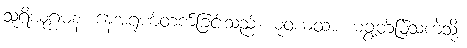
သူရိယုဂ္ဂမနံ၊ နေအရုဏ်တက်ခြင်းသည်။ ဓုဝံယထာ၊ မချွတ်မြဲသကဲ့သို့။